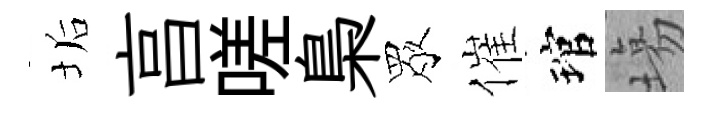
垢亯嗟梟眾催琯塲